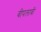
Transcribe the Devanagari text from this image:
बीपलाबी